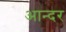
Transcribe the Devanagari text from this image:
आन्दर